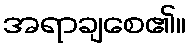
အရာချစေ၏။